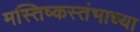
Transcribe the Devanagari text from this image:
मस्तिष्कस्तंभाच्या